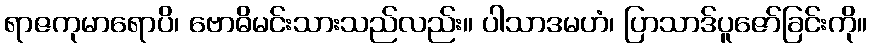
ရာဇကုမာရောပိ၊ ဗောဓိမင်းသားသည်လည်း။ ပါသာဒမဟံ၊ ပြာသာဒ်ပူဇော်ခြင်းကို။